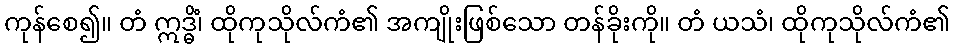
ကုန်စေ၍။ တံ ဣဒ္ဓိံ၊ ထိုကုသိုလ်ကံ၏ အကျိုးဖြစ်သော တန်ခိုးကို။ တံ ယသံ၊ ထိုကုသိုလ်ကံ၏